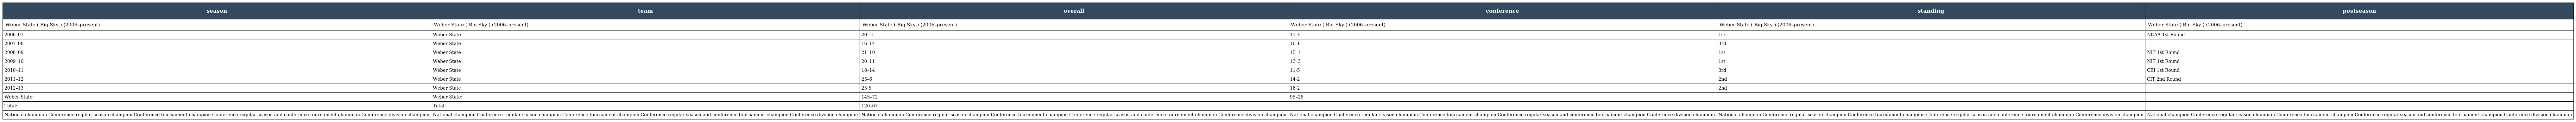
| season | team | overall | conference | standing | postseason |
 | --- | --- | --- | --- | --- | --- |
 | Weber State ( Big Sky ) (2006–present) | Weber State ( Big Sky ) (2006–present) | Weber State ( Big Sky ) (2006–present) | Weber State ( Big Sky ) (2006–present) | Weber State ( Big Sky ) (2006–present) | Weber State ( Big Sky ) (2006–present) |
 | 2006–07 | Weber State | 20-11 | 11–5 | 1st | NCAA 1st Round |
 | 2007–08 | Weber State | 16–14 | 10–6 | 3rd |  |
 | 2008–09 | Weber State | 21–10 | 15–1 | 1st | NIT 1st Round |
 | 2009–10 | Weber State | 20–11 | 13–3 | 1st | NIT 1st Round |
 | 2010–11 | Weber State | 18–14 | 11-5 | 3rd | CBI 1st Round |
 | 2011–12 | Weber State | 25–6 | 14-2 | 2nd | CIT 2nd Round |
 | 2012–13 | Weber State | 25-5 | 18-2 | 2nd |  |
 | Weber State: | Weber State: | 145–72 | 95–26 |  |  |
 | Total: | Total: | 120–67 |  |  |  |
 | National champion Conference regular season champion Conference tournament champion Conference regular season and conference tournament champion Conference division champion | National champion Conference regular season champion Conference tournament champion Conference regular season and conference tournament champion Conference division champion | National champion Conference regular season champion Conference tournament champion Conference regular season and conference tournament champion Conference division champion | National champion Conference regular season champion Conference tournament champion Conference regular season and conference tournament champion Conference division champion | National champion Conference regular season champion Conference tournament champion Conference regular season and conference tournament champion Conference division champion | National champion Conference regular season champion Conference tournament champion Conference regular season and conference tournament champion Conference division champion |